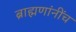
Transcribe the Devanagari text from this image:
ब्राह्मणांनींच